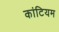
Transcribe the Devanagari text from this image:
कांटियम